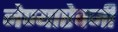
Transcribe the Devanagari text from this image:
नेण्याऐवजी